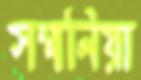
সম্মানিয়া